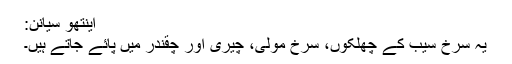
اینتھو سیانن:
یہ سرخ سیب کے چھلکوں، سرخ مولی، چیری اور چقندر میں پائے جاتے ہیں۔